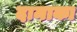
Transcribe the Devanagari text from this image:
दामाका